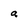
Character: a